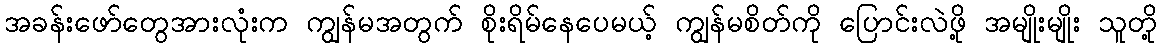
အခန်းဖော်တွေအားလုံးက ကျွန်မအတွက် စိုးရိမ်နေပေမယ့် ကျွန်မစိတ်ကို ပြောင်းလဲဖို့ အမျိုးမျိုး သူတို့